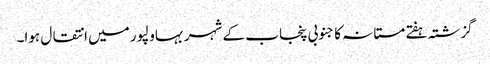
گزشتہ ہفتے مستانہ کا جنوبی پنجاب کے شہر بہاولپور میں انتقال ہوا۔